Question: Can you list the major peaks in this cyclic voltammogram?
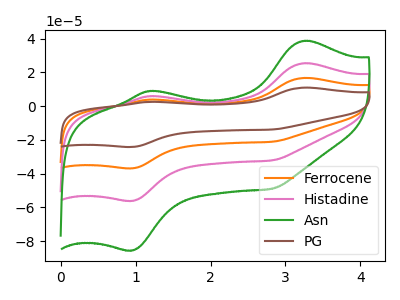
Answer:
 <answer>The orange curve "Ferrocene" has anodic peaks at (3.25V, 50.80uA) (1.20V, 11.85uA) and cathodic peaks at (0.95V, -112.15uA) (2.80V, -64.30uA). The pink curve "Histadine" has anodic peaks at (3.25V, 25.40uA) (1.20V, 5.95uA) and cathodic peaks at (0.95V, -56.10uA) (2.80V, -32.15uA). The green curve "Asn" has anodic peaks at (3.25V, 38.70uA) (1.20V, 9.05uA) and cathodic peaks at (0.95V, -85.40uA) (2.80V, -48.95uA). The brown curve "PG" has anodic peaks at (3.25V, 76.20uA) (1.20V, 17.80uA) and cathodic peaks at (0.95V, -168.25uA) (2.80V, -96.40uA).</answer>
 <eval></eval>